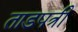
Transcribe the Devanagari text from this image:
ताडपत्री